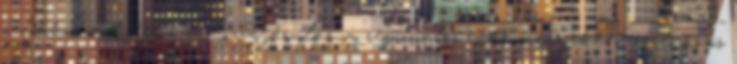
célokhoz való érdemi hozzájárulás, a regionális intézményekben való közös